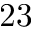
2 3